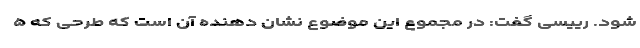
شود. رییسی گفت: در مجموع این موضوع نشان دهنده آن است که طرحی که ۵